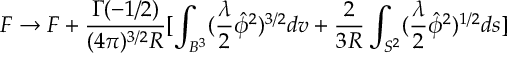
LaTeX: F \rightarrow F + \frac { \Gamma ( - 1 / 2 ) } { ( 4 \pi ) ^ { 3 / 2 } R } [ \int _ { B ^ { 3 } } ( \frac { \lambda } { 2 } \hat { \phi } ^ { 2 } ) ^ { 3 / 2 } d v + \frac { 2 } { 3 R } \int _ { S ^ { 2 } } ( \frac { \lambda } { 2 } \hat { \phi } ^ { 2 } ) ^ { 1 / 2 } d s ]